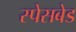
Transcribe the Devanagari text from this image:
स्पेसबेड